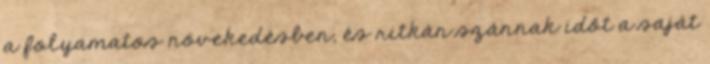
a folyamatos növekedésben, és ritkán szánnak időt a saját